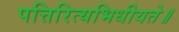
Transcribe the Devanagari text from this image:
पत्तिरित्यभिधीयते॥